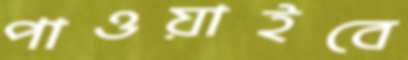
পাওয়াইবে